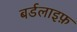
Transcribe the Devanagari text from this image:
बर्डलाइफ़